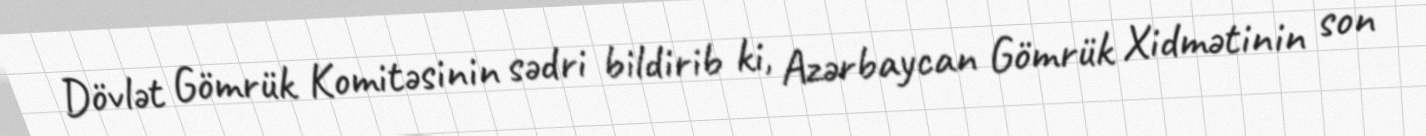
Dövlət Gömrük Komitəsinin sədri bildirib ki, Azərbaycan Gömrük Xidmətinin son